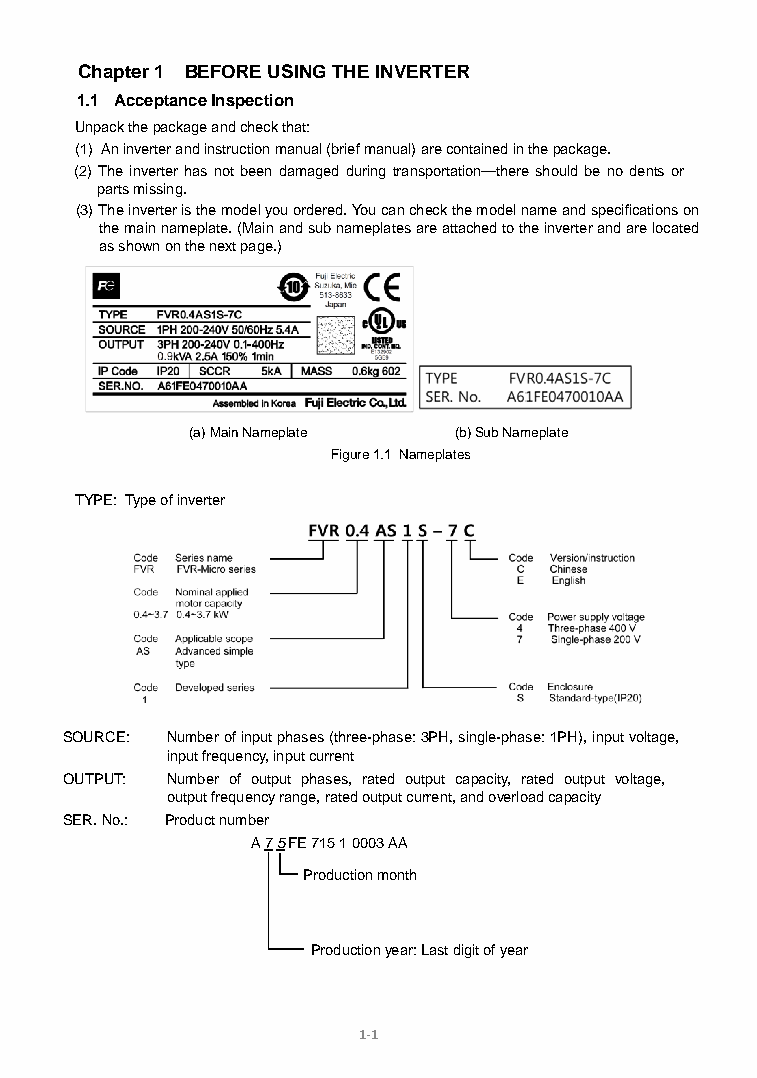
Chapter 1 BEFORE USING THE INVERTER
 1.1 Acceptance Inspection
 Unpack the package and check that:
 (1) An inverter and instruction manual (brief manual) are contained in the package.
 (2) The inverter has not been damaged during transportation—there should be no dents or
 parts missing.
 (3) The inverter is the model you ordered. You can check the model name and specifications on
 the main nameplate. (Main and sub nameplates are attached to the inverter and are located
 as shown on the next page.)
 (a) Main Nameplate (b) Sub Nameplate
 Figure 1.1 Nameplates
 TYPE: Type of inverter
 SOURCE: Number of input phases (three-phase: 3PH, single-phase: 1PH), input voltage,
 input frequency, input current
 OUTPUT: Number of output phases, rated output capacity, rated output voltage,
 output frequency range, rated output current, and overload capacity
 SER. No.: Product number
 A 7 5 FE 715 1 0003 AA
 Production month
 Production year: Last digit of year
 1-1